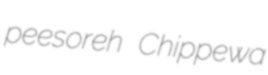
peesoreh Chippewa